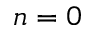
n = 0